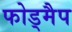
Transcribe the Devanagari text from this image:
फोड्मैप